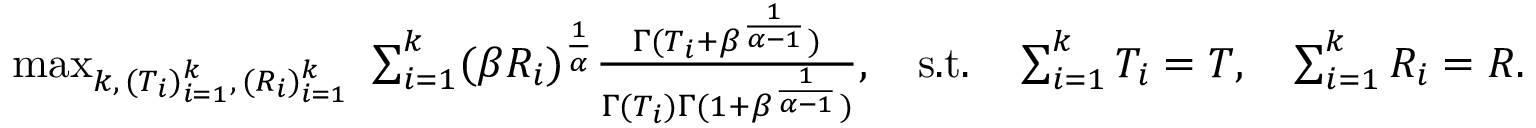
\begin{array} { r } { \operatorname* { m a x } _ { k , \, ( T _ { i } ) _ { i = 1 } ^ { k } , \, ( R _ { i } ) _ { i = 1 } ^ { k } } \ \sum _ { i = 1 } ^ { k } ( \beta R _ { i } ) ^ { \frac { 1 } { \alpha } } \frac { \Gamma ( T _ { i } + \beta ^ { \frac { 1 } { \alpha - 1 } } ) } { \Gamma ( T _ { i } ) \Gamma ( 1 + \beta ^ { \frac { 1 } { \alpha - 1 } } ) } , \quad \mathrm { s . t . } \quad \sum _ { i = 1 } ^ { k } T _ { i } = T , \quad \sum _ { i = 1 } ^ { k } R _ { i } = R . } \end{array}